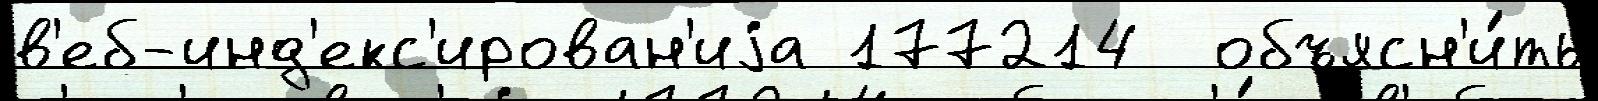
в'еб-инд'екс'ирован'иjа 177214  объясн'и́ть